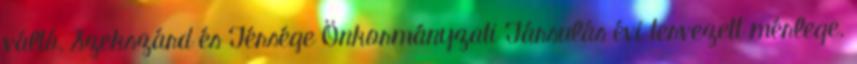
váltó, Szekszárd és Térsége Önkormányzati Társulás évi tervezett mérlege.